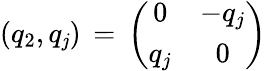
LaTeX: (q_{2},q_{\mathit{j}})\, =\, \left(\begin{array}{cc}{{0}}&{{-q_{j}}}\\ {{q_{j}}}&{{0}}\end{array}\right)